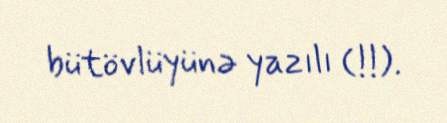
bütövlüyünə yazılı (!!).